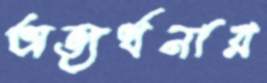
অভ্যর্থনার